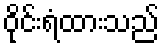
ဝိုင်းရံထားသည်